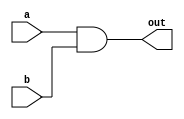

module and_gate (
    // ports
    out,
    a,
    b,
);

    input [7:0] a, b;
    output [7:0] out;

    assign out = a & b;
    
endmodule